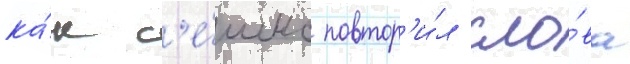
ка́к с'е́шнс повтор'и́л сло́ва